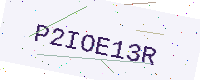
Text: P2IOE13R